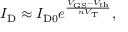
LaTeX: I _ { \mathrm { D } } \approx I _ { \mathrm { D 0 } } e ^ { \frac { V _ { \mathrm { G S } } - V _ { \mathrm { t h } } } { n V _ { \mathrm { T } } } } ,